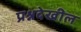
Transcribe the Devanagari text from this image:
प्रश्नदेखील